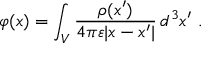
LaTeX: \varphi ( x ) = \int _ { V } { \frac { \rho ( x ^ { \prime } ) } { 4 \pi \varepsilon | x - x ^ { \prime } | } } \, d ^ { 3 } x ^ { \prime } ~ .